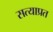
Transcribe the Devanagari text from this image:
सत्याप्रत